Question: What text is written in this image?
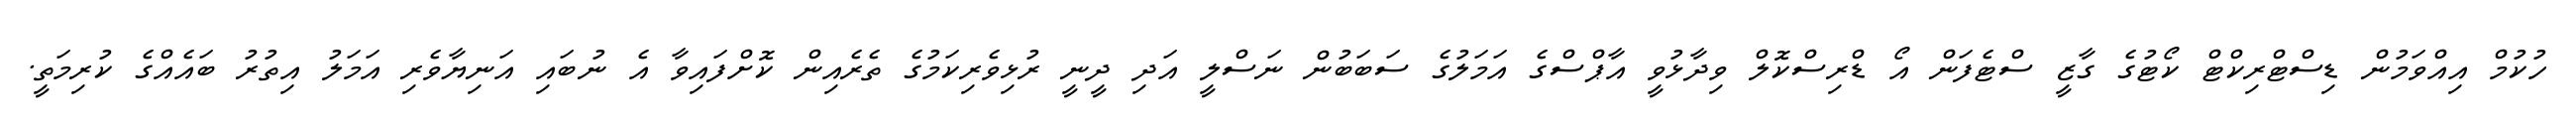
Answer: ހުކުމް އިއްވަމުން ޑިސްޓްރިކްޓް ކޯޓުގެ ގާޒީ ސްޓެފަން އޯ ޑްރިސްކޮލް ވިދާޅުވީ އާޕްސްގެ އަމަލުގެ ސަބަބުން ނަސްލީ އަދި ދީނީ ރުޅިވެރިކަމުގެ ތެރެއިން ކޮށްފައިވާ އެ ނުބައި އަނިޔާވެރި އަމަލު އިތުރު ބައެއްގެ ކުރިމަތީ.